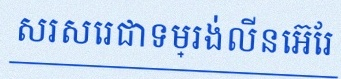
សរសេរជាទម្រង់លីនេអ៊ែរ